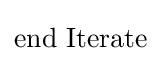
{\text{end Iterate}}